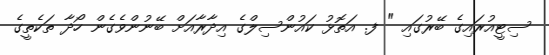
ސިޓީއުރައިގެ ބޭރުގައި " ފ. އަތޮޅު ކައުންސިލްގެ އިދާރާއަށް ބޭނުންވެގެން ހޯދާ ތަކެތީގެ